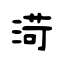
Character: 渮